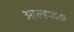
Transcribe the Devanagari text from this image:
आल्हादक